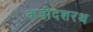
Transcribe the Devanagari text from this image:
कवीदशरथ